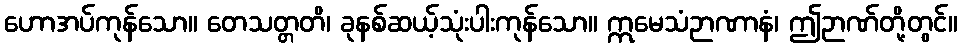
ဟောအပ်ကုန်သော။ တေသတ္တတိ၊ ခုနစ်ဆယ့်သုံးပါးကုန်သော။ ဣမေသံဉာဏာနံ၊ ဤဉာဏ်တို့တွင်။